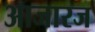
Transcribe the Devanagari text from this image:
आजारज